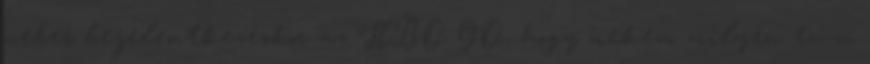
webes bejelentkezéskor az HBO GO, hogy nekem milyen tv-m